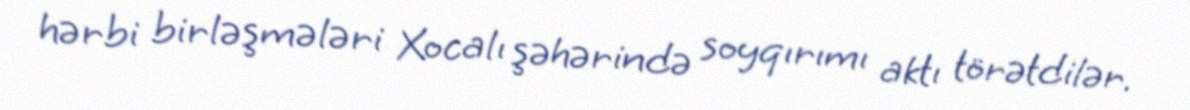
hərbi birləşmələri Xocalı şəhərində soyqırımı aktı törətdilər.